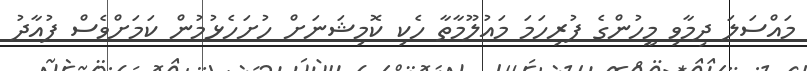
މައްސަލަ ދިމާވި މީހުންގެ ފުރިހަމަ މައުލޫމާތާ ހެކި ކޮމިޝަނަށް ހުށަހެޅުމުން ކަމަށްވެސް ފުއާދު